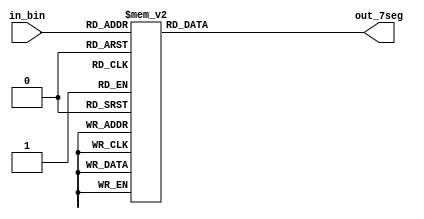
module binary_7seg(in_bin,out_7seg);

	input [3:0]in_bin;
	output reg [6:0]out_7seg;
	
	always@*
	
	begin
		case(in_bin)
			0:out_7seg=7'b1000000;
			1:out_7seg=7'b1111001;
			2:out_7seg=7'b0100100;
			3:out_7seg=7'b0110000;
			4:out_7seg=7'b0011001;
			5:out_7seg=7'b0010010;
			6:out_7seg=7'b0000010;
			7:out_7seg=7'b1111000;
			8:out_7seg=7'b0000000;
			9:out_7seg=7'b0010000;
			10:out_7seg=7'b0001000;
			11:out_7seg=7'b0000011;
			12:out_7seg=7'b1000110;
			13:out_7seg=7'b0100001;
			14:out_7seg=7'b0000110;
			15:out_7seg=7'b0001110;
		endcase
	 end
	  
endmodule